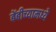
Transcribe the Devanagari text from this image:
बेंबीच्यामध्ये